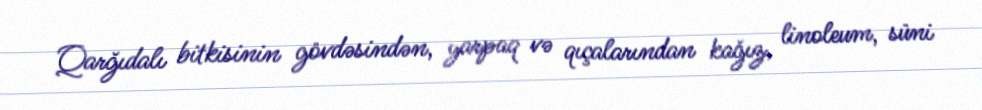
Qarğıdalı bitkisinin gövdəsindən, yarpaq və qıçalarından kağız, linoleum, süni